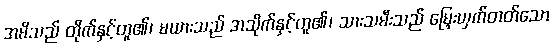
အမိသည် တိုက်နှင့်တူ၏၊ မယားသည် အသိုက်နှင့်တူ၏၊ သားသမီးသည် မြှေးယှက်တတ်သော